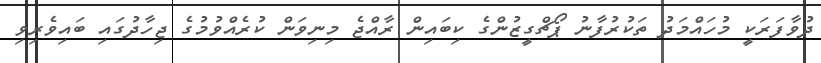
ދުވާފަރަކީ މުހައްމަދު ތަކުރުފާނު ޕޯޗްގީޒުންގެ ކިބައިން ރާއްޖެ މިނިވަން ކުރެއްވުމުގެ ޖިހާދުގައި ބައިވެރިވި